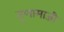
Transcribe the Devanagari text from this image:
तृणामाजी